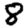
Digit: 8